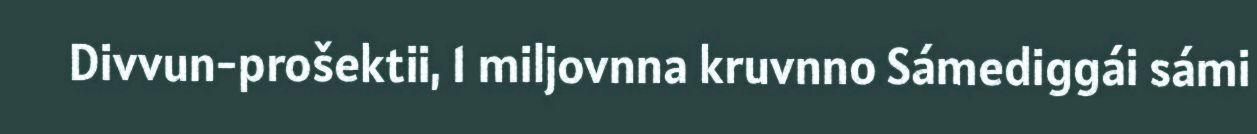
Divvun-prošektii, 1 miljovnna kruvnno Sámediggái sámi